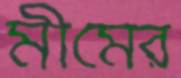
মীমের